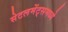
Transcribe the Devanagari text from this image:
सेटलमेंट्‌समध्ये